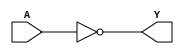
module combinational_logic_block (
  input A,
  output Y
);

wire B;

assign B = ~A;
assign Y = B;

endmodule